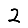
Digit: 2